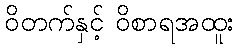
ဝိတက်နှင့် ဝိစာရအထူး